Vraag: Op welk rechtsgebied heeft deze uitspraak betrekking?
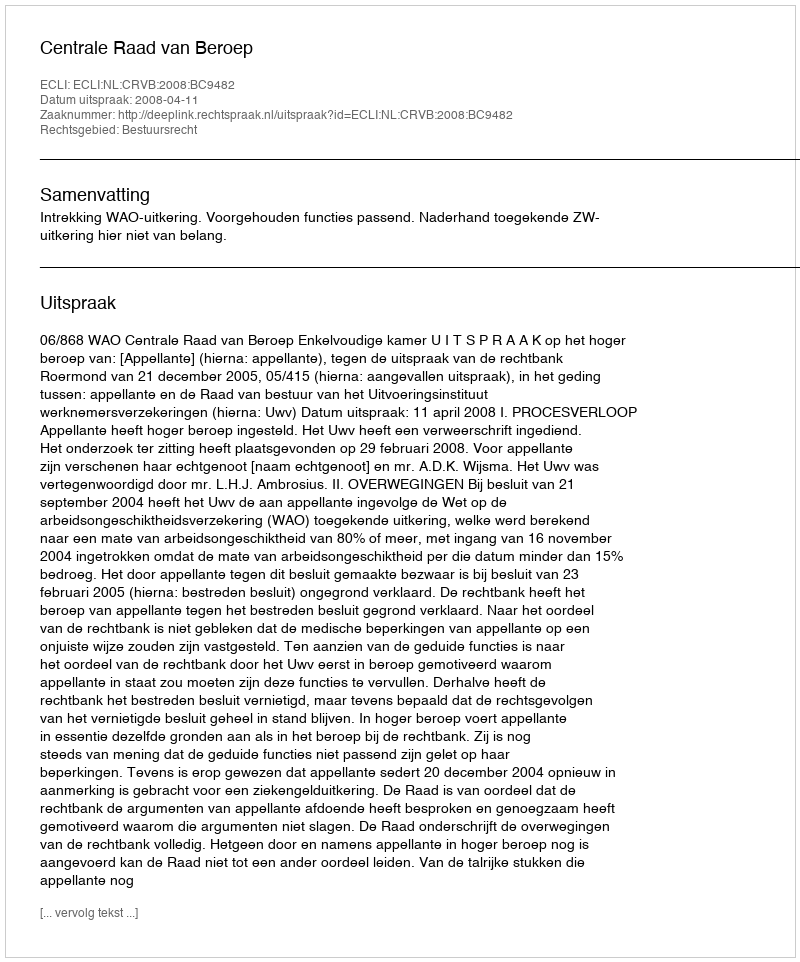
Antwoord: Bestuursrecht